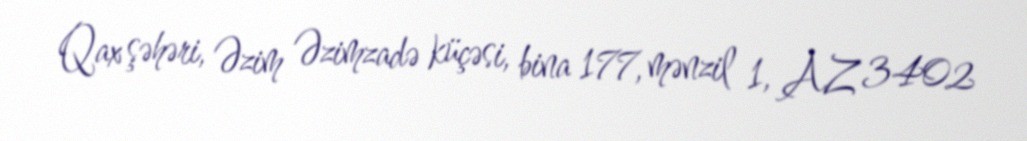
Qax şəhəri, Əzim Əzimzadə küçəsi, bina 177, mənzil 1, AZ 3402